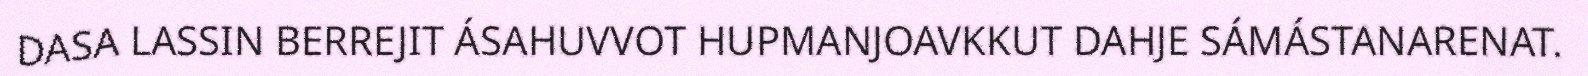
DASA LASSIN BERREJIT ÁSAHUVVOT HUPMANJOAVKKUT DAHJE SÁMÁSTANARENAT.